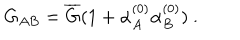
G _ { A B } = \overline { { G } } ( 1 + \alpha _ { A } ^ { ( 0 ) } \alpha _ { B } ^ { ( 0 ) } ) \ .